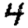
Digit: 4